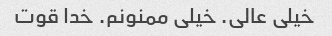
خیلی عالی. خیلی ممنونم. خدا قوت